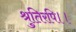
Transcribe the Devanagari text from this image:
श्रुतिरपि।।